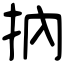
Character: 抐